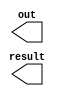
module lut_output(result, out);
  output result;
  output out;
endmodule